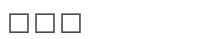
١٤٨